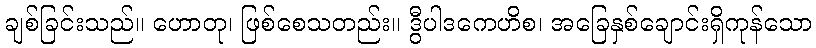
ချစ်ခြင်းသည်။ ဟောတု၊ ဖြစ်စေသတည်း။ ဒွီပါဒကေဟိစ၊ အခြေနှစ်ချောင်းရှိကုန်သော